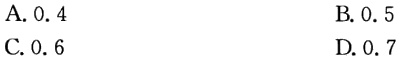
A. 0.4
B. 0.5
C. 0.6
D. 0.7